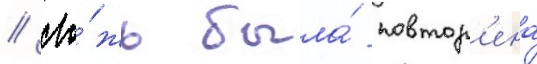
// Ло́жь была́ повтор'ена